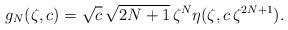
LaTeX: \begin{align*}g_N(\zeta,c) = \sqrt{c} \, \sqrt{2N+1}\, \zeta^N \eta(\zeta,c\, \zeta^{2N+1}).\end{align*}